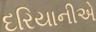
દરિયાનીએ